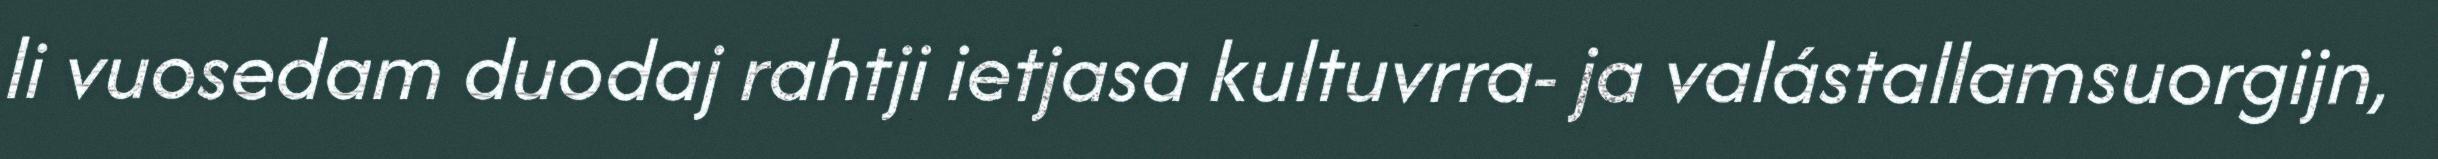
li vuosedam duodaj rahtji ietjasa kultuvrra- ja valástallamsuorgijn,